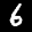
Label: 6